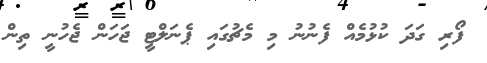
ފޯރި ގަދަ ކުޅުމެއް ފެނުނު މި މެޗުގައި ޕެނަލްޓީ ޖަހަން ޖެހުނީ ތިން